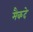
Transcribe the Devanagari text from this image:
मैकदे